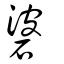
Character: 碆